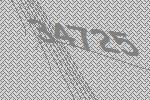
34725